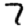
Digit: 7